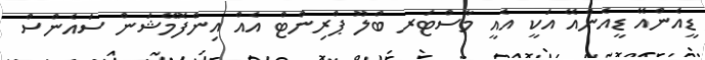
ޑީއެންއޭ ޑީއެންއޭ އަކީ އެއީ މާސްޓަރ ބްލޫ ޕްރިންޓް އެއް އިންފޮމޭޝަން ސައެންސް